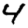
Digit: 4